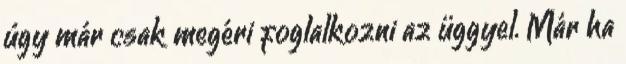
úgy már csak megéri foglalkozni az üggyel. Már ha